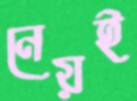
নেয়ই